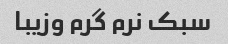
سبک نرم گرم وزیبا